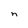
Character: n